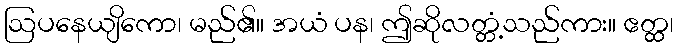
ဩပနေယျိကော၊ မည်၏။ အယံ ပန၊ ဤဆိုလတ္တံ့သည်ကား။ ဧတ္ထ၊